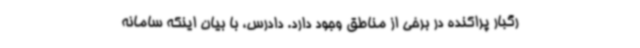
رگبار پراکنده در برخی از مناطق وجود دارد. دادرس، با بیان اینکه سامانه